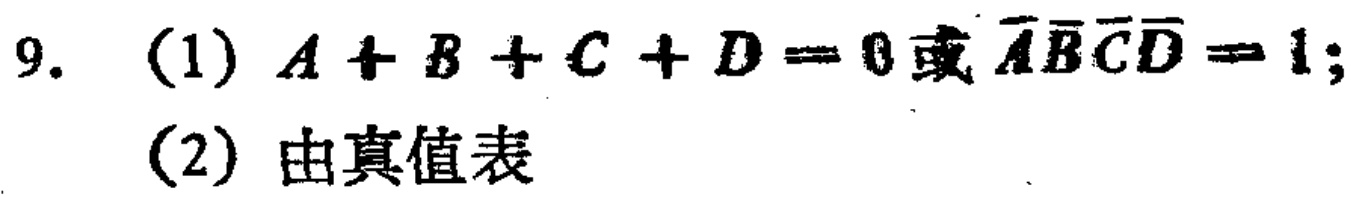
9. (1) \(A + B + C + D = 0\)或\(\overline{A}\overline{B}\overline{C}\overline{D}=1\);

(2) 由真值表